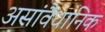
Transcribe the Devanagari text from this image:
असांवैधानिक